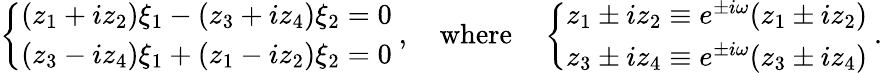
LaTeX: \left\{ \begin{array}{l}{{(z_{1}+iz_{2})\xi_{1}-(z_{3}+iz_{4})\xi_{2}=0}}\\ {{(z_{3}-iz_{4})\xi_{1}+(z_{1}-iz_{2})\xi_{2}=0}}\end{array}\right.~,\quad\mathrm{where}\quad\left\{ \begin{array}{l}{{z_{1}\pm iz_{2}\equiv e^{\pm i\omega}(z_{1}\pm iz_{2})}}\\ {{z_{3}\pm iz_{4}\equiv e^{\pm i\omega}(z_{3}\pm iz_{4})}}\end{array}\right.~.